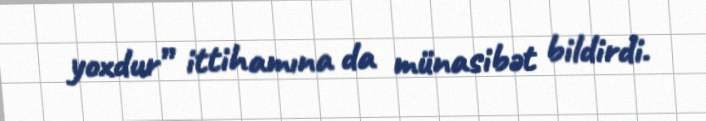
yoxdur” ittihamına da münasibət bildirdi.